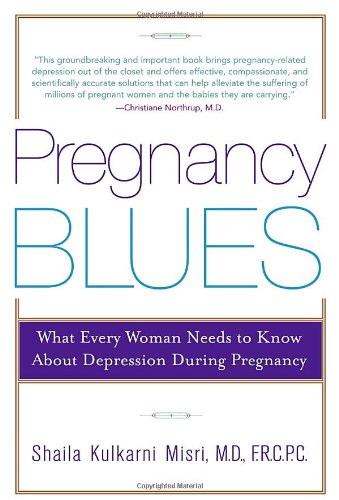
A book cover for Pregnancy Blues: What Every Woman Needs to Know about Depression During Pregnancy; Shaila Kulkarni Misri M.D.; Health, Fitness & Dieting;